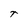
Character: t